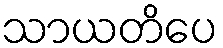
သာယတိပေ